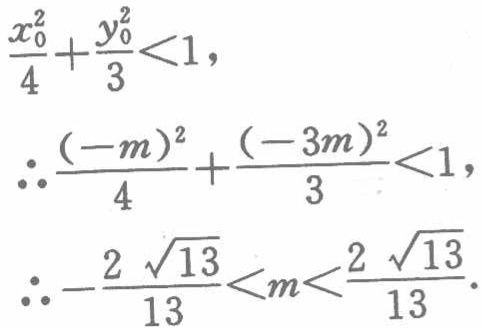
\[

\begin{align*}

&\frac{x_{0}^{2}}{4}+\frac{y_{0}^{2}}{3}<1,\\

&\therefore\frac{(-m)^{2}}{4}+\frac{(-3m)^{2}}{3}<1,\\

&\therefore-\frac{2\sqrt{13}}{13}<m<\frac{2\sqrt{13}}{13}.

\end{align*}

\]